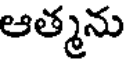
ఆత్మను